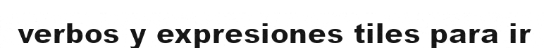
verbos y expresiones tiles para ir